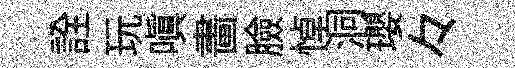
詮玩嗔畵臉悼洞瓔々